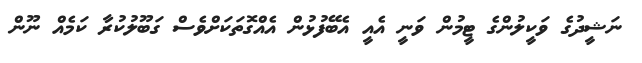
ނަޝީދުގެ ވަކީލުންގެ ޓީމުން ވަނީ އެއީ އެބޭފުޅުން އެއްގޮތަކަށްވެސް ގަބޫލުކުރާ ކަމެއް ނޫން